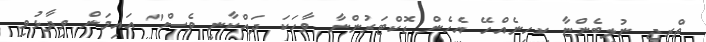
ތްރީޖީ ނުލިބެންޏާ ކިހިނެއްހޭ އެހެން ޑޮކްޓަރުންނާ ވާހަކަ ދައްކާނީ ވެސް" އައިމަން ވިދާޅުވި